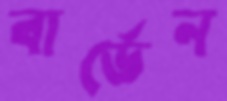
বার্ডেন